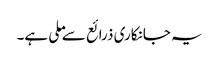
یہ جانکاری ذرائع سے ملی ہے۔